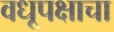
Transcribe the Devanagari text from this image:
वधूपक्षाचा